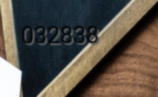
032838